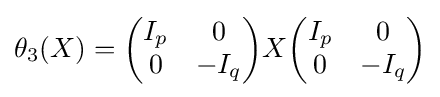
\theta _{3}(X)={\begin{pmatrix}I_{p}&0\\0&-I_{q}\end{pmatrix}}X{\begin{pmatrix}I_{p}&0\\0&-I_{q}\end{pmatrix}}